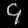
Digit: ၄